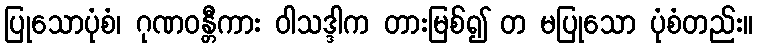
ပြုသောပုံစံ၊ ဂုဏဝန္တီကား ဝါသဒ္ဒါက တားမြစ်၍ တ မပြုသော ပုံစံတည်း။